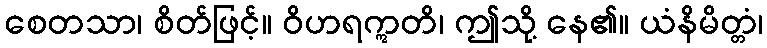
စေတသာ၊ စိတ်ဖြင့်။ ဝိဟရဣတိ၊ ဤသို့ နေ၏။ ယံနိမိတ္တံ၊